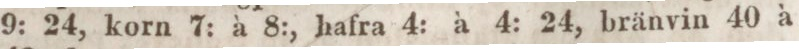
9: 24, korn 7: à 8:, hafra 4: à 4: 24, bränvin 40 à